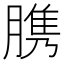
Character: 䐪